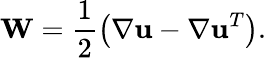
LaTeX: \mathbf{W}=\frac{1}{2}\left(\nabla\mathbf{u}-\nabla\mathbf{u}^{T}\right).